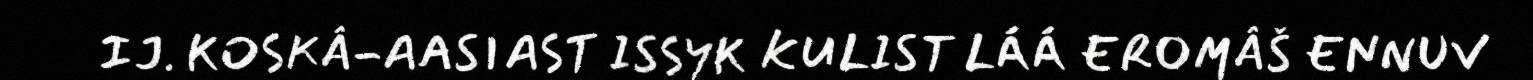
IJ. KOSKÂ-AASIAST ISSYK KULIST LÁÁ EROMÂŠ ENNUV